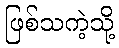
ဖြစ်သကဲ့သို့